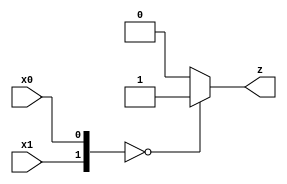
/**
 *          Al contrario la porta NOR restituisce la negazione di una porta OR e
 *          quindi restituisce 1 solo quando tutti i valori in ingresso sono 0.
 *          
 *          Segue la tabella di verit:
 *
 *          |------------|--------|
 *          |   INPUT    | OUTPUT |
 *          |------------|--------|
 *          |   A  |  B  |NOT{A+B}|
 *          |------|-----|--------|
 *          |   0  |  0  |   1    |
 *          |   0  |  1  |   0    |
 *          |   1  |  0  |   0    |
 *          |   1  |  1  |   0    |
 *          |------------|--------|
 *
 *          Created on 22/04/2019.
 */

module NOR(x1, x0, z);
    input x1;
    input x0;
    output z;

    assign z = ({x1,x0} == 'B00)?1:0;
    
    // equivalentemente potevamo scrivere
    // assign z = ~(x1 | x0);
    // assign z = ~|{x1, x0};
endmodule